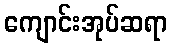
ကျောင်းအုပ်ဆရာ